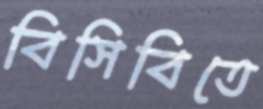
বিসিবিতে